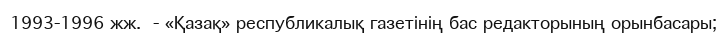
1993-1996 жж.  - «Қазақ» республикалық газетінің бас редакторының орынбасары;